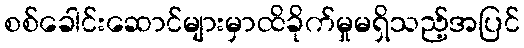
စစ်ခေါင်းဆောင်များမှာထိခိုက်မှုမရှိသည့်အပြင်